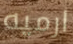
ارميه